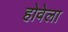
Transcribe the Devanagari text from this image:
होवेला